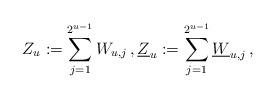
LaTeX: \begin{align*}Z_u := \sum_{j=1}^{2^{u-1}} W_{u,j} \,, \underline{Z}_u := \sum_{j=1}^{2^{u-1}} \underline{W}_{u,j} \,,\end{align*}